Leaving Certificate Examination, 1924
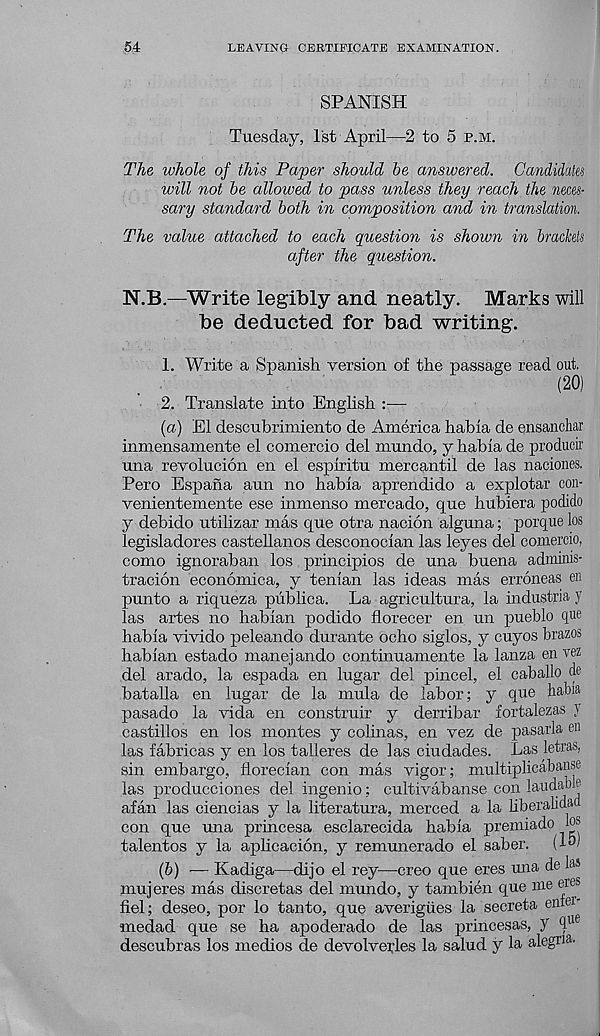
54
LEAVING CERTIFICATE EXAMINATION.
SPANISH
Tuesday, 1st April—2 to 5 p.m.
The whole of this Paper should be answered. Candidates
will not be allowed to pass unless they reach the neces-
sary standard both in composition and in translation.
The value attached to each question is shown in brackets
after the question.
N.B.—Write legibly and neatly.
Marks will
be deducted for bad writing.
1. Write a Spanish version of the passage read out.
(20)
2. Translate into English :—
(a) El descubrimiento de America habia de ensanchar
inmensamente el comercio del mundo, y habia de product
una revolucion en el espiritu mercantil de las naciones.
Pero Espana aim no habia aprendido a explotar con-
venientemente ese inmenso mercado, que hubiera podido
y debido utilizar mas que otra nacion alguna; porque los
legisladores Castellanos desconocian las leyes del comercio,
como ignoraban los principios de una buena adminis-
tracion economica, y tenian las ideas mas erroneas en
punto a riqueza publica. La agricultura, la industria y
las artes no habian podido florecer en un pueblo que
habia vivido peleando durante ocho siglos, y cuyos brazos
habian estado manejando continuamente la lanza en vez
del arado, la espada en lugar del pincel, el caballo de
batalla en lugar de la mula de labor; y que liabia
pasado la vida en construir y derribar fortalezas y
castillos en los monies y colinas, en vez de pasarla en
las fabricas y en los talleres de las ciudades. Las letras,
sin embargo, florecian con mas vigor; multiphcaban.se
las producciones del ingenio; cultivabanse con laudable
afan las ciencias y la literatura, merced a la liberalidac
con que una princesa esclarecida habia premiado io*
talentos y la aplicacion, y remunerado el saber.
(W)
(6) — Kadiga—dijo el rey—creo que eres una de las
muj eres mas discretas del mundo, y tambien que me eres
fiel; deseo, por lo tanto, que averigiies la secreta eniei-
medad que se ha apoderado de las princesas, y ( i ue
descubras los medios de devolverles la salud y la alegna.